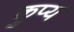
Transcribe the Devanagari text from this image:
कुप्य